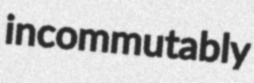
incommutably